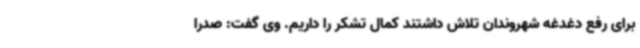
برای رفع دغدغه شهروندان تلاش داشتند کمال تشکر را داریم. وی گفت: صدرا